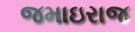
જમાઇરાજ